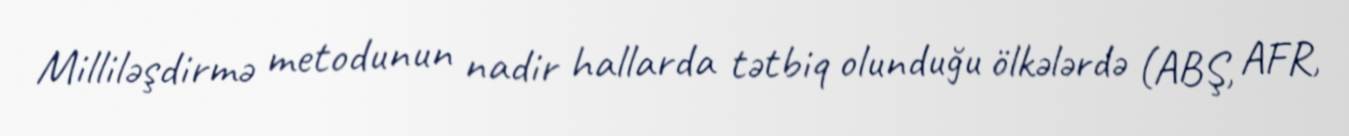
Milliləşdirmə metodunun nadir hallarda tətbiq olunduğu ölkələrdə (ABŞ, AFR,